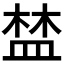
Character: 𥁹